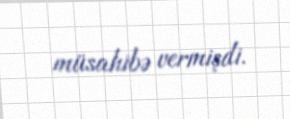
müsahibə vermişdi.